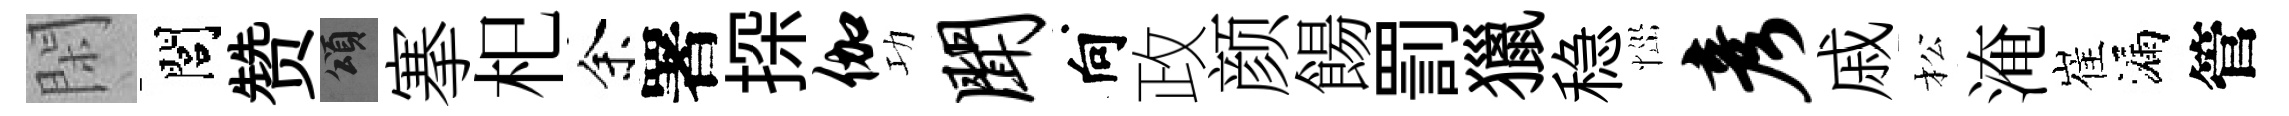
閑閭赞頌搴𣏌余署探伽功闻向政颜餳罰獵稳𢙉彦戚松淹崔漏管